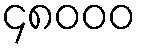
၄၈၀၀၀